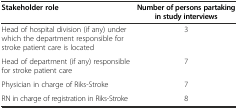
| Stakeholder role | Number of persons partaking in study interviews |
 | --- | --- |
 | Head of hospital division (if any) under which the department responsible for stroke patient care is located | 3 |
 | Head of department (if any) responsible for stroke patient care | 7 |
 | Physician in charge of Riks-Stroke | 7 |
 | RN in charge of registration in Riks-Stroke | 8 |